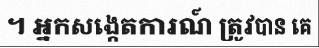
។ អ្នកសង្កេតការណ៍ ត្រូវបាន គេ